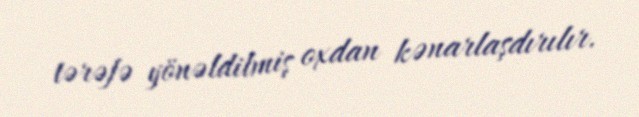
tərəfə yönəldilmiş oxdan kənarlaşdırılır.